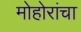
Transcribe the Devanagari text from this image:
मोहोरांचा